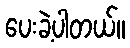
ပေးခဲ့ပါတယ်။